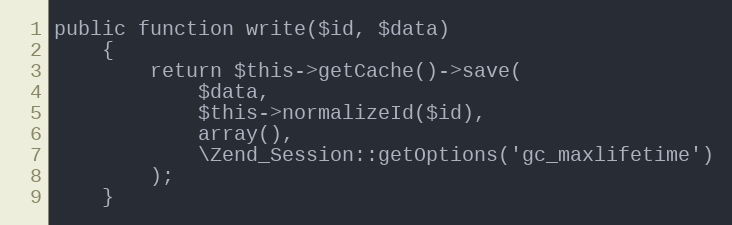
Language: PHP
public function write($id, $data)
    {
        return $this->getCache()->save(
            $data,
            $this->normalizeId($id),
            array(),
            \Zend_Session::getOptions('gc_maxlifetime')
        );
    }